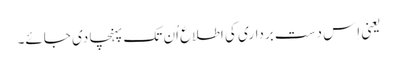
یعنی اِس دست برداری کی اطلاع اُن تک پہنچا دی جائے۔